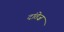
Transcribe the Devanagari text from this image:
दांतेज़